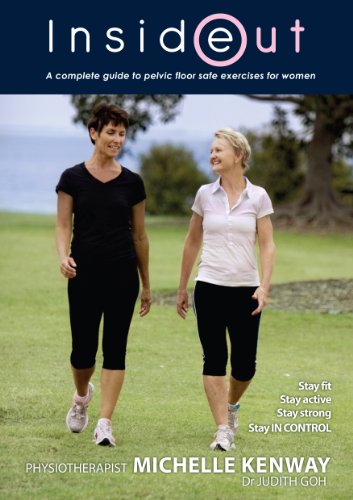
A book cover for Inside Out - The Essential Women's Guide to Pelvic Support; Michelle Kenway; Health, Fitness & Dieting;